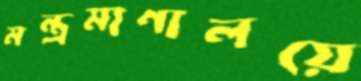
মন্ত্রমাণালয়ে